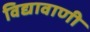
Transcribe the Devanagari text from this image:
विद्यावाणी